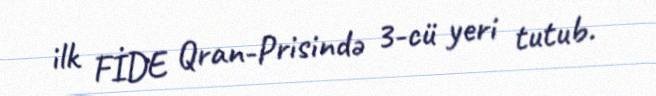
ilk FİDE Qran-Prisində 3-cü yeri tutub.